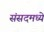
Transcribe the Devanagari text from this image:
संसदमध्ये